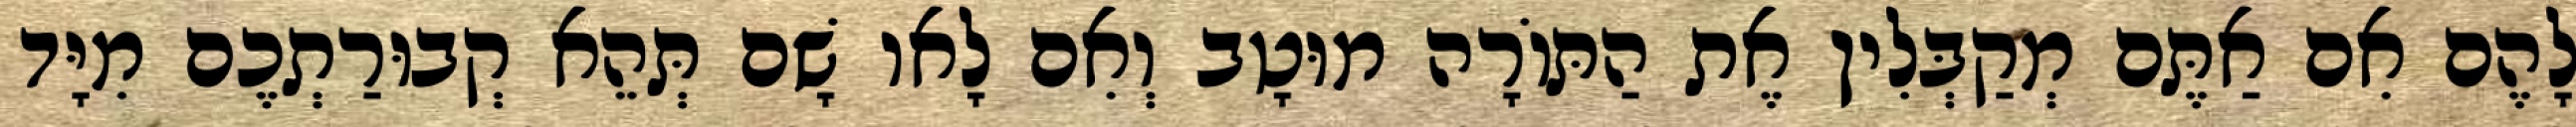
לָהֶם אִם אַתֶּם מְקַבְּלִין אֶת הַתּוֹרָה מוּטָב וְאִם לָאו שָׁם תְּהֵא קְבוּרַתְכֶם מִיָּד